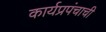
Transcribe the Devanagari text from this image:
कार्यप्रपंचाची